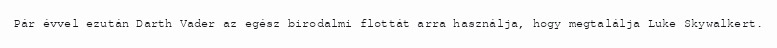
Pár évvel ezután Darth Vader az egész birodalmi flottát arra használja, hogy megtalálja Luke Skywalkert.